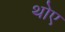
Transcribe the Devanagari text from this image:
थोए